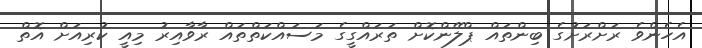
އެހެންވެ ރަށްރަށުގެ ބިންތައް ޕްލޭންކޮށް ތަރައްގީގެ މަސައްކަތްތައް ރާވާއިރު މިއީ ކުރިއަށް އޮތް